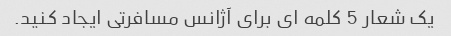
یک شعار 5 کلمه ای برای آژانس مسافرتی ایجاد کنید.